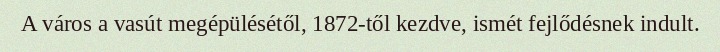
A város a vasút megépülésétől, 1872-től kezdve, ismét fejlődésnek indult.